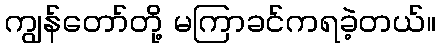
ကျွန်တော်တို့ မကြာခင်ကရခဲ့တယ်။